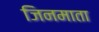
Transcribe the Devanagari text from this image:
जिनमाता